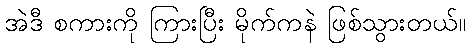
အဲဒီ စကားကို ကြားပြီး မိုက်ကနဲ ဖြစ်သွားတယ်။